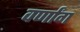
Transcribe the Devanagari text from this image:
वर्णांग